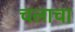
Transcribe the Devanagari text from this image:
चलाचा